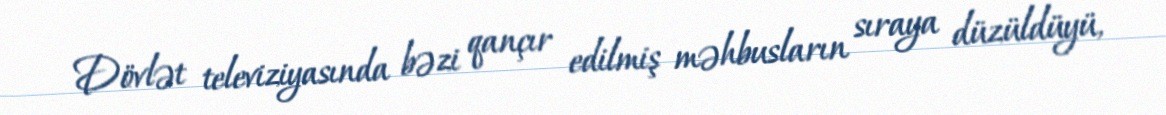
Dövlət televiziyasında bəzi qançır edilmiş məhbusların sıraya düzüldüyü,